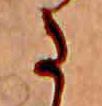
ま